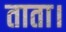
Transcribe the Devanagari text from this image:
ताता।